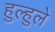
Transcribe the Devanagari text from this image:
हुल्हुले